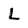
Character: L